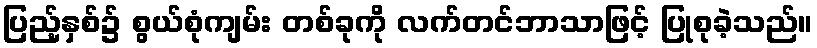
ပြည့်နှစ်၌ စွယ်စုံကျမ်း တစ်ခုကို လက်တင်ဘာသာဖြင့် ပြုစုခဲ့သည်။